Document type: Emphyteutic lease
Year: 1316
Scribe: Berenguer de Vallseca
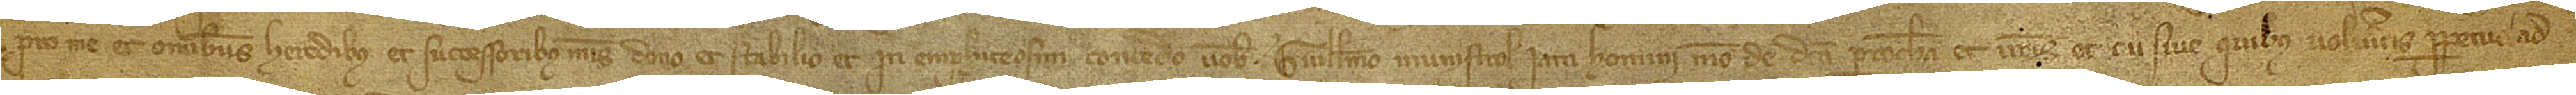
pro me et omnibus heredibus et successoribus meis dono et stabilio et in emphiteosim concedo vobis Guillelmo Munistrol, iam homini meo de dicta parrochia, et vestris et cui sive quibus volueritis perpetuo, ad